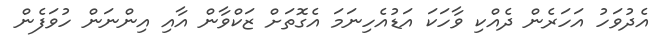
އެދުވަހު އަހަރެން ދެއްކި ވާހަކަ އަޑުއެހިނަމަ އެގޮތަށް ޒަކްވާން އާއި އިންނަން ހުވަފެން